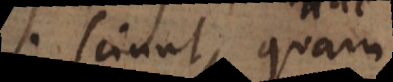
qui sciunt, quam